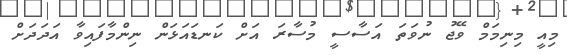
މިއީ މިނިމަމް ވޭޖު ނުވަތަ އަސާސީ މުސާރަ އަށް ކަނޑައަޅަން ނިންމާފައިވާ އަދަދަށް